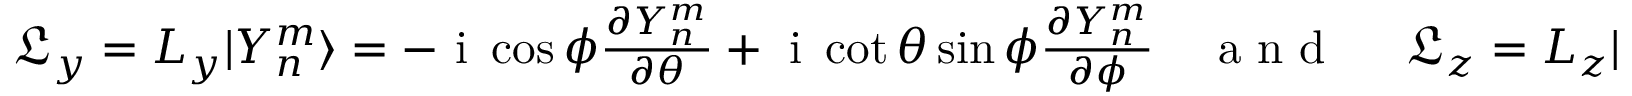
\begin{array} { r } { \mathfrak { L } _ { y } = L _ { y } | Y _ { n } ^ { m } \rangle = - \mathrm { ~ i ~ } \cos \phi \frac { \partial Y _ { n } ^ { m } } { \partial \theta } + \mathrm { ~ i ~ } \cot \theta \sin \phi \frac { \partial Y _ { n } ^ { m } } { \partial \phi } \quad \mathrm { ~ a ~ n ~ d ~ \ } \quad \mathfrak { L } _ { z } = L _ { z } | Y _ { n } ^ { m } \rangle = - \mathrm { ~ i ~ } \frac { \partial Y _ { n } ^ { m } } { \partial \phi } . } \end{array}